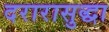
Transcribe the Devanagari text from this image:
दरारासुद्धा